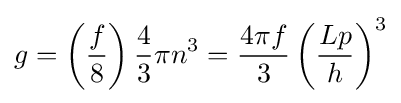
g=\left({\frac {f}{8}}\right){\frac {4}{3}}\pi n^{3}={\frac {4\pi f}{3}}\left({\frac {Lp}{h}}\right)^{3}